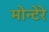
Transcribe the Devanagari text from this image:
मोन्टेरे